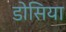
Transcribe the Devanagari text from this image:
डोसिया